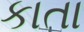
કાતા